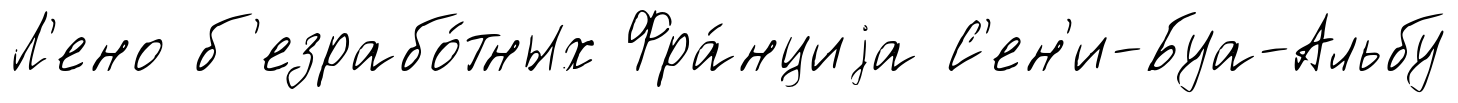
Л'ено б'езрабо́тных Фра́нциjа С'ен'и-Буа-Альбу